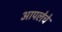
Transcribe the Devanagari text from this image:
आपलेचे